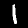
Label: 1